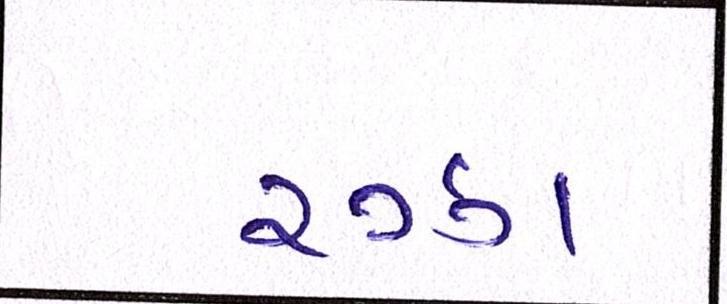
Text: રઝા